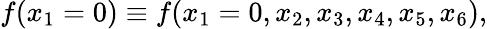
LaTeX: f(x_{1}=0)\equiv f(x_{1}=0,x_{2},x_{3},x_{4},x_{5},x_{6}),